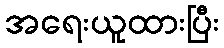
အရေးယူထားပြီး